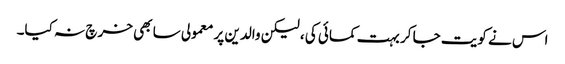
اس نے کویت جا کر بہت کمائی کی ، لیکن والدین پر معمولی سا بھی خر چ نہ کیا۔